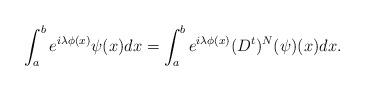
LaTeX: \begin{align*} \int_a^b e^{i\lambda \phi(x)}\psi(x)dx = \int_a^b e^{i\lambda \phi(x)} (D^t)^N(\psi)(x) dx.\end{align*}